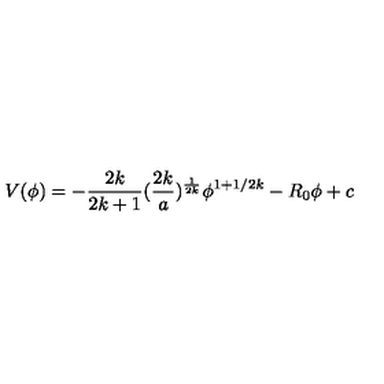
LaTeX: V ( \phi ) = - { \frac { 2 k } { 2 k + 1 } } ( { \frac { 2 k } { a } } ) ^ { \frac { 1 } { 2 k } } \phi ^ { 1 + 1 / 2 k } - R _ { 0 } \phi + c